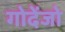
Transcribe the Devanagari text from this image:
गोदेंजो